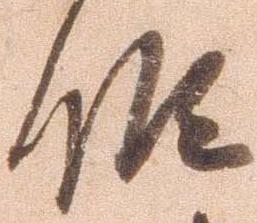
候